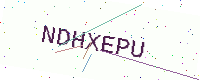
Text: NDHXEPU